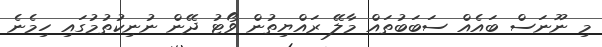
މި ނޫނަސް ބައެއް ސަބަބުތައް މާލޭ ރައްޔިތުން ވޯޓު ދޭން ނުނިކުތުމުގައި ހިމެނެ